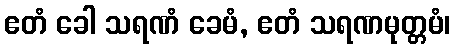
ဧတံ ခေါ သရဏံ ခေမံ, ဧတံ သရဏမုတ္တမံ၊